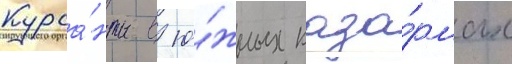
Курса́нты в ю́жных каза́рмах